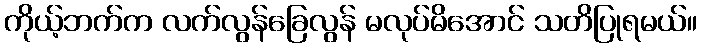
ကိုယ့်ဘက်က လက်လွန်ခြေလွန် မလုပ်မိအောင် သတိပြုရမယ်။